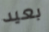
بعيد